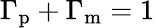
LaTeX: \Gamma_{\mathrm{p}}+\Gamma_{\mathrm{m}}=1